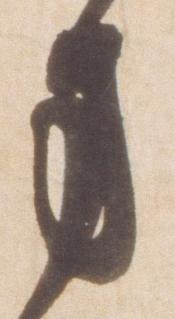
方